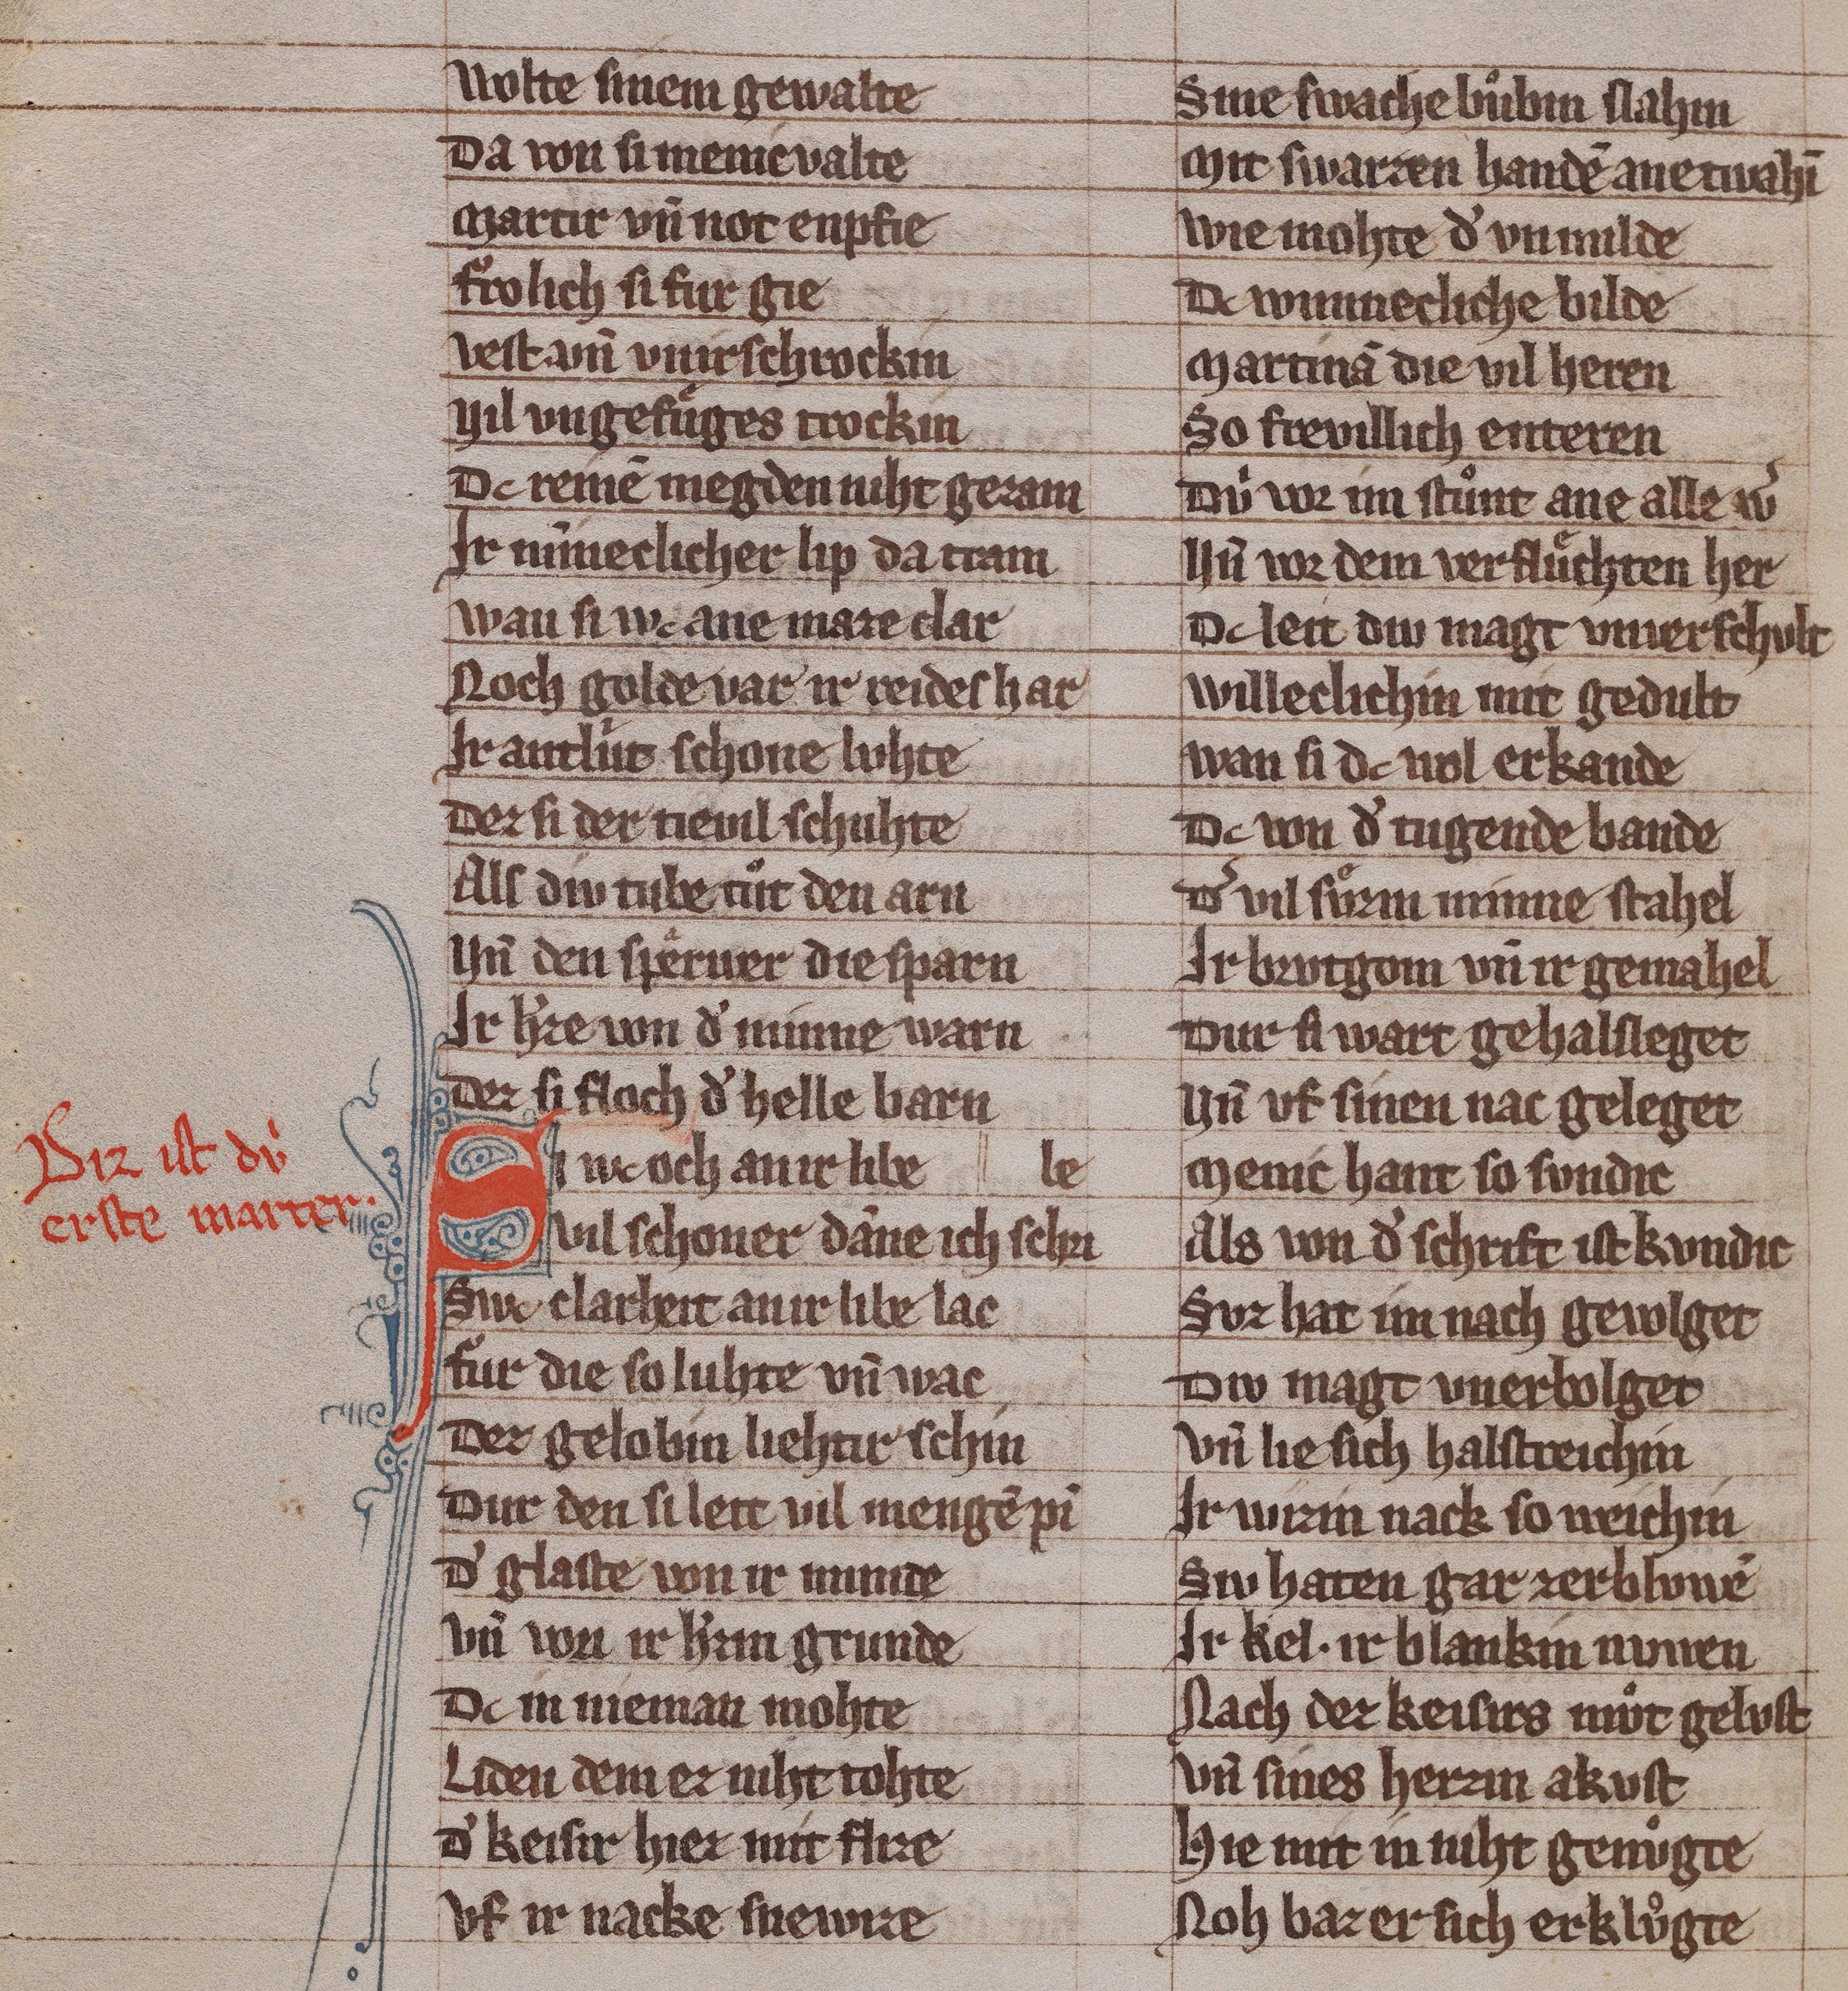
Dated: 1285–1315